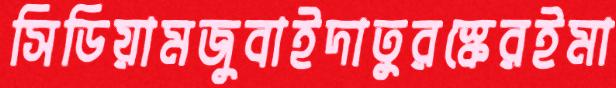
সিডিয়ামজুবাইদাতুরস্কেরইমা